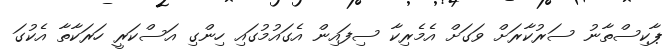
ޕާކިސްތާނު ސަރުކާރަށް ވަގަށް އެމެރިކާ ސިފައިން އެގައުމުގައި ހިންގި އަސްކަރީ ހަރަކާތާ އެކުގަ